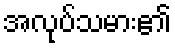
အလုပ်သမား၏